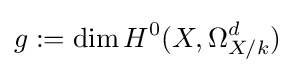
g:=\dim H^{0}(X,\Omega _{X/k}^{d})